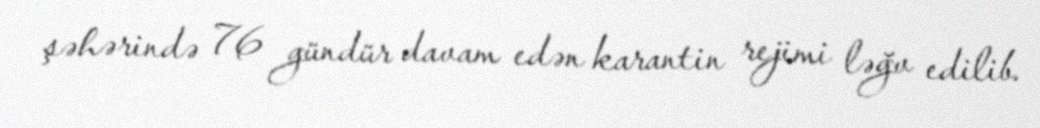
şəhərində 76 gündür davam edən karantin rejimi ləğv edilib.